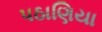
પઠાણિયા